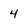
Character: 4